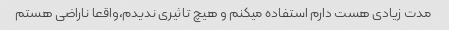
مدت زیادی هست دارم استفاده میکنم و هیچ تاثیری ندیدم،واقعا ناراضی هستم